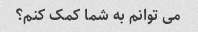
می توانم به شما کمک کنم؟